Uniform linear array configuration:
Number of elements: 4
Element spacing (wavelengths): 0.75
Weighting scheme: hamming
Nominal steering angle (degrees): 60
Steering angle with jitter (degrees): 60.522
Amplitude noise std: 0.05
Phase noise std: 0.05

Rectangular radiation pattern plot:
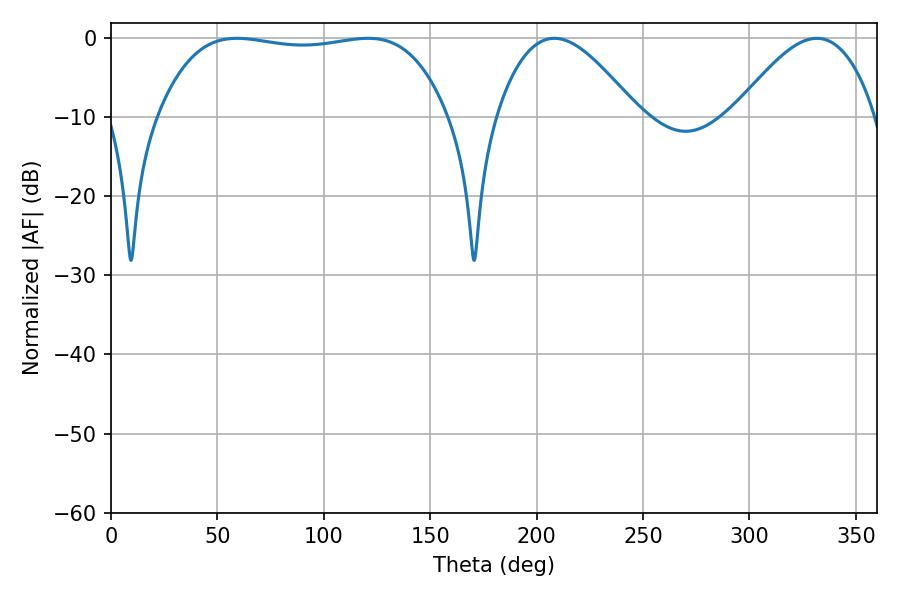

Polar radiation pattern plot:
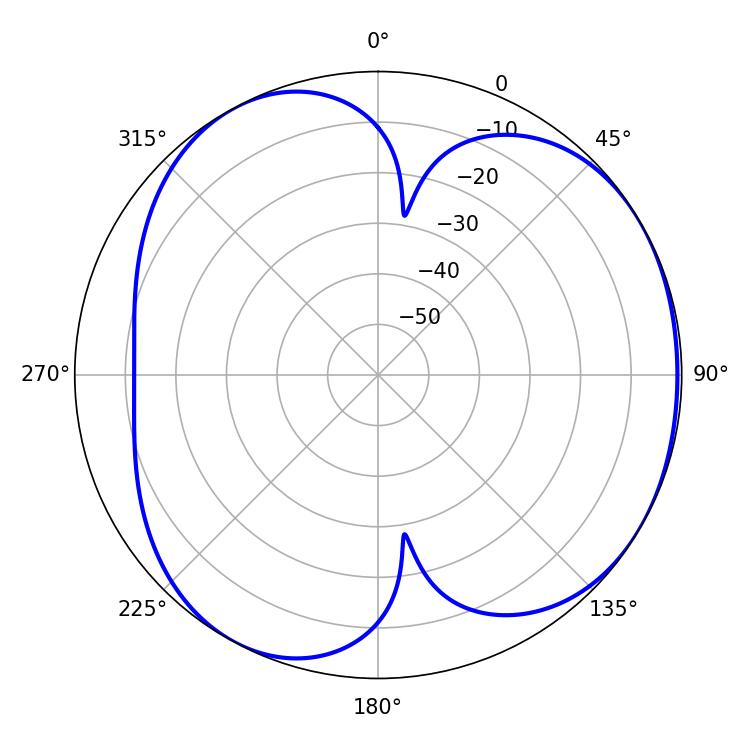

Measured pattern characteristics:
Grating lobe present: TRUE
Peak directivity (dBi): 4.215
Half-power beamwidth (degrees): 108
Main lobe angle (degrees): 120.78